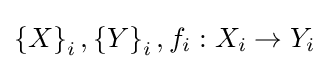
\left\{X\right\}_{i},\left\{Y\right\}_{i},f_{i}:X_{i}\to Y_{i}